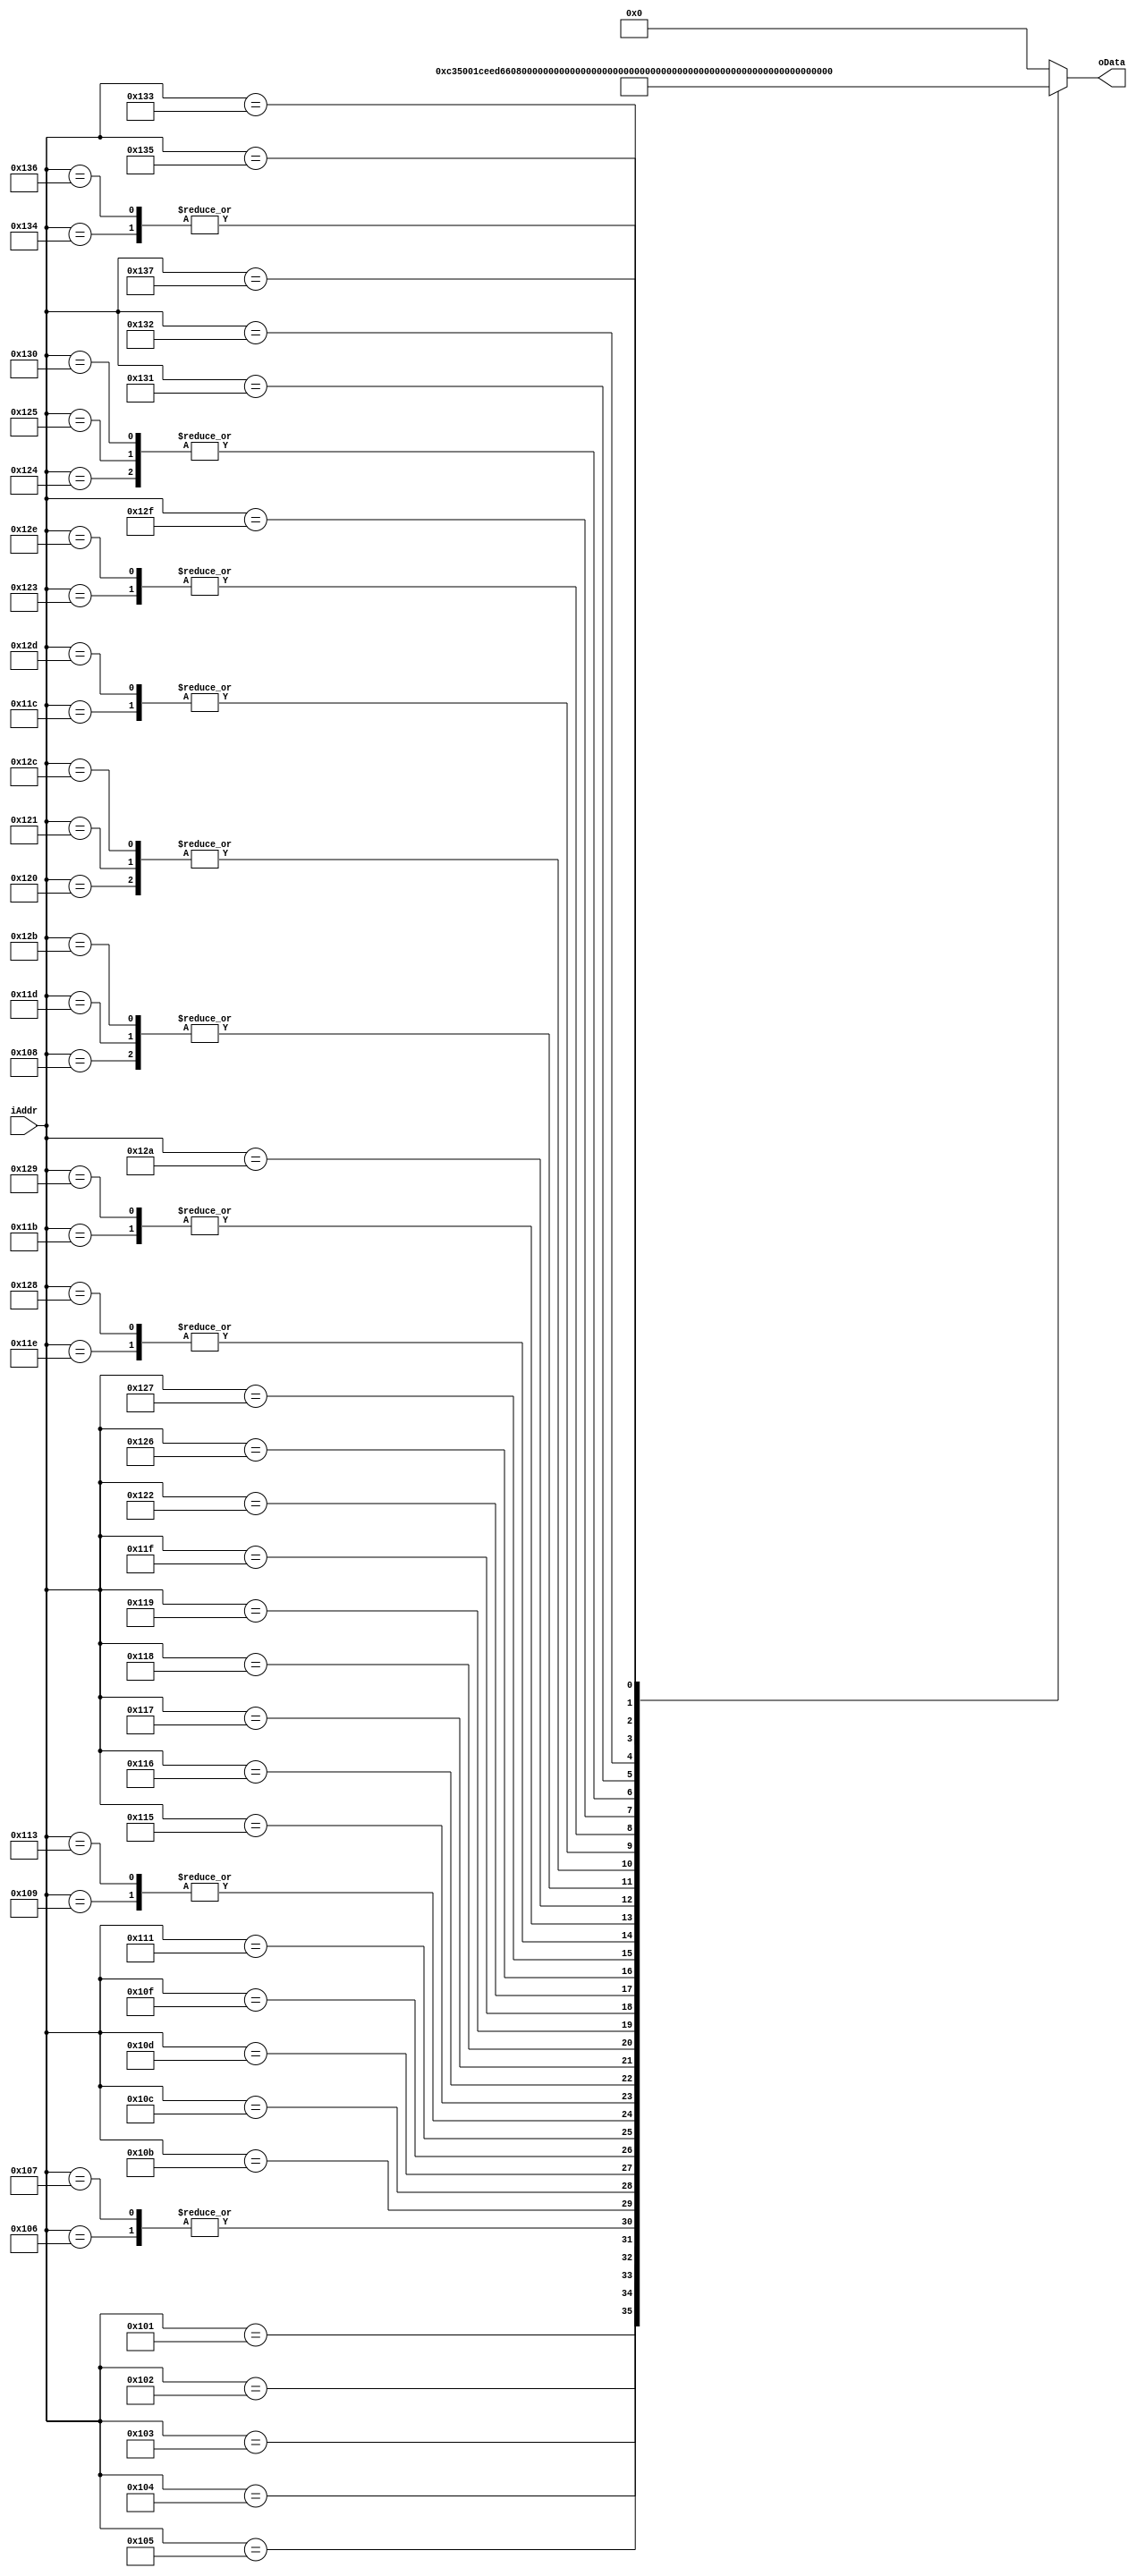
module dummy_cartridge_1
(
  input wire [15:0] iAddr,
	output reg [7:0] oData
);
always @ ( iAddr )
begin
	case ( iAddr )
	16'h100: oData = 8'h00;
	16'h101: oData = 8'hc3;
	16'h102: oData = 8'h50;
	16'h103: oData = 8'h01;
	16'h104: oData = 8'hce; 
	16'h105: oData = 8'hed;
	16'h106: oData = 8'h66;
	16'h107: oData = 8'h66;
	16'h108: oData = 8'hcc;
	16'h109: oData = 8'h0d;
	16'h10a: oData = 8'h00;
	16'h10b: oData = 8'h0b;
	16'h10c: oData = 8'h03;
	16'h10d: oData = 8'h73;
	16'h10e: oData = 8'h00;
	16'h10f: oData = 8'h83;
	16'h110: oData = 8'h00;
	16'h111: oData = 8'h0c;
	16'h112: oData = 8'h00;
	16'h113: oData = 8'h0d;
	16'h114: oData = 8'h00;
	16'h115: oData = 8'h08;
	16'h116: oData = 8'h11;
	16'h117: oData = 8'h1f;
	16'h118: oData = 8'h88;
	16'h119: oData = 8'h89;
	16'h11A: oData = 8'h00;
	16'h11B: oData = 8'h0E;
	16'h11C: oData = 8'hDC;
	16'h11D: oData = 8'hCC;
	16'h11E: oData = 8'h6E;
	16'h11F: oData = 8'hE6;
	16'h120: oData = 8'hdd;
	16'h121: oData = 8'hdd;
	16'h122: oData = 8'hd9;
	16'h123: oData = 8'h99;
	16'h124: oData = 8'hbb;
	16'h125: oData = 8'hbb;
	16'h126: oData = 8'h67;
	16'h127: oData = 8'h63;
	16'h128: oData = 8'h6e;
	16'h129: oData = 8'h0e;
	16'h12A: oData = 8'hec;
	16'h12B: oData = 8'hcc;
	16'h12C: oData = 8'hdd;
	16'h12D: oData = 8'hdc;
	16'h12E: oData = 8'h99;
	16'h12F: oData = 8'h9f;
	16'h130: oData = 8'hbb;
	16'h131: oData = 8'hb9;
	16'h132: oData = 8'h33;
	16'h133: oData = 8'h3e;
	16'h134: oData = 8'h54;
	16'h135: oData = 8'h45;
	16'h136: oData = 8'h54;
	16'h137: oData = 8'h52;
  default: oData = 8'h0;
	endcase
end
endmodule